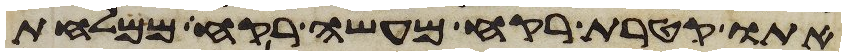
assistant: אתו קטרת רקח מעשה רקח ממלחת